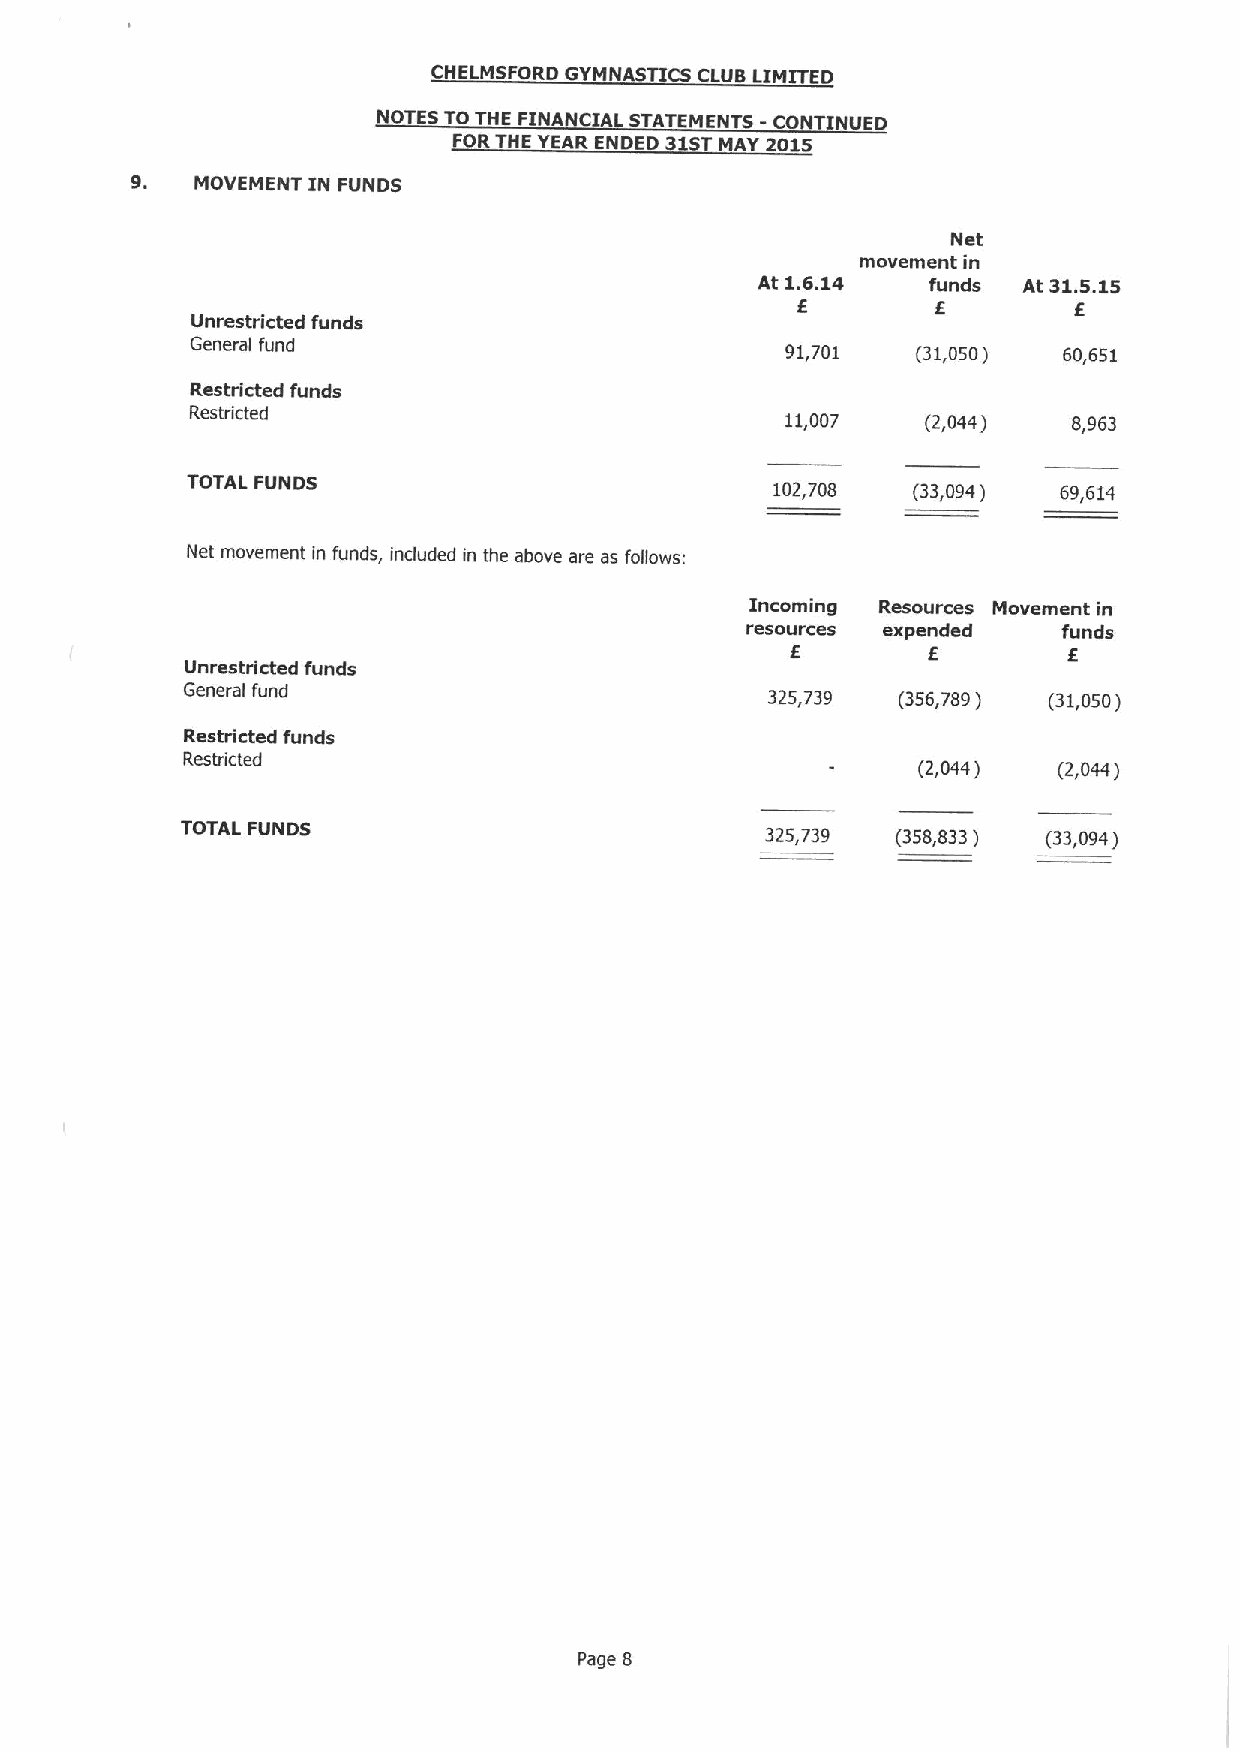
CHELMSFORD GYMNASTICS CLUB LIMITED
 NOTES TO THE FINANCIAL STATEMENTS - CONTINUED
 FORTHE YEAR ENDED 31STMAY 2015
 9.
 MOVEMENT IN FUNDS
 Net
 movement in
 At 1.6.14  funds  At 31.5.15
 I
 6                 6
 Unrestricted funds
 General fund                           91,701   (31,050) 60,651
 Restricted funds
 Restricted                             11,007   (2,044)   8,963
 TOTAL FUNDS
 102,708  (33,094)  69,614
 Net movement in funds, included in the above are as follows:
 Incoming Resources Movement in
 resources expended   funds
 E         E
 Unrestricted funds
 General fund                           325,739 (356,789) (31,050)
 Restricted funds
 Restricted
 (2,044)  (2,044)
 TOTAL FUNDS                            325,739 (358,833) (33,094)
 Page 8